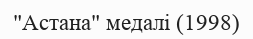
"Астана" медалі (1998)